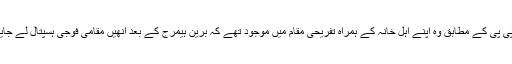
سرکاری خبر رساں ادارے اے پی پی کے مطابق وہ اپنے اہل خانہ کے ہمراہ تفریحی مقام میں موجود تھے کہ برین ہیمرج کے بعد انھیں مقامی فوجی ہسپتال لے جایا گیا جہاں وہ جانبر نہ ہو سکے۔